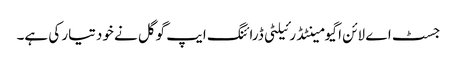
جسٹ اے لائن اگیومینٹڈ رئیلٹی ڈرائنگ ایپ گوگل نے خود تیار کی ہے۔